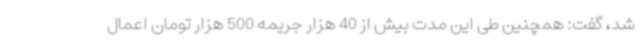
شد، گفت: همچنین طی این مدت بیش از 40 هزار جریمه 500 هزار تومان اعمال